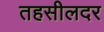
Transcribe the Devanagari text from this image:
तहसीलदर